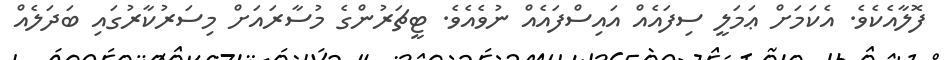
ފޮލާއެކެވެ. އެކަމަށް ޢަމަލީ ސިފައެއް އައިސްފައެއް ނުވެއެވެ. ޓީޗަރުންގެ މުސާރައަށް މިސަރުކާރުގައި ބަދަލެއް